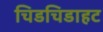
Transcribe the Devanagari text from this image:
चिडचिडाहट